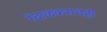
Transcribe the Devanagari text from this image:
रेंदाळकरांचेही